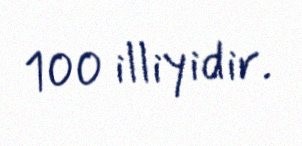
100 illiyidir.